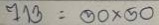
713 = 50x 50